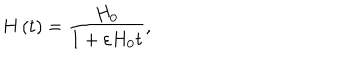
LaTeX: H \left( t \right) = \frac { H _ { 0 } } { 1 + \varepsilon H _ { 0 } t } ,